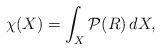
LaTeX: \begin{align*}\chi(X)=\int_{X}{\mathcal P}(R)\,dX,\end{align*}